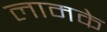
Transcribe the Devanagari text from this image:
लामके